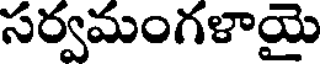
సర్వమంగళాయై